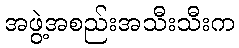
အဖွဲ့အစည်းအသီးသီးက